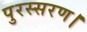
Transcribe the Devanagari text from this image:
पुरस्सरण।